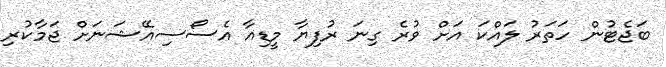
ބަޖެޓުން ހަތަރު ލައްކަ އަށް ވުރެ ގިނަ ރުފިޔާ މީޑިއާ އެސޯސިއޭޝަނަށް ޖަމާކުރި